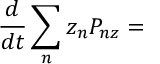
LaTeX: \frac { d } { d t } \sum _ { n } z _ { n } P _ { n z } =